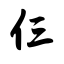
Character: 仨